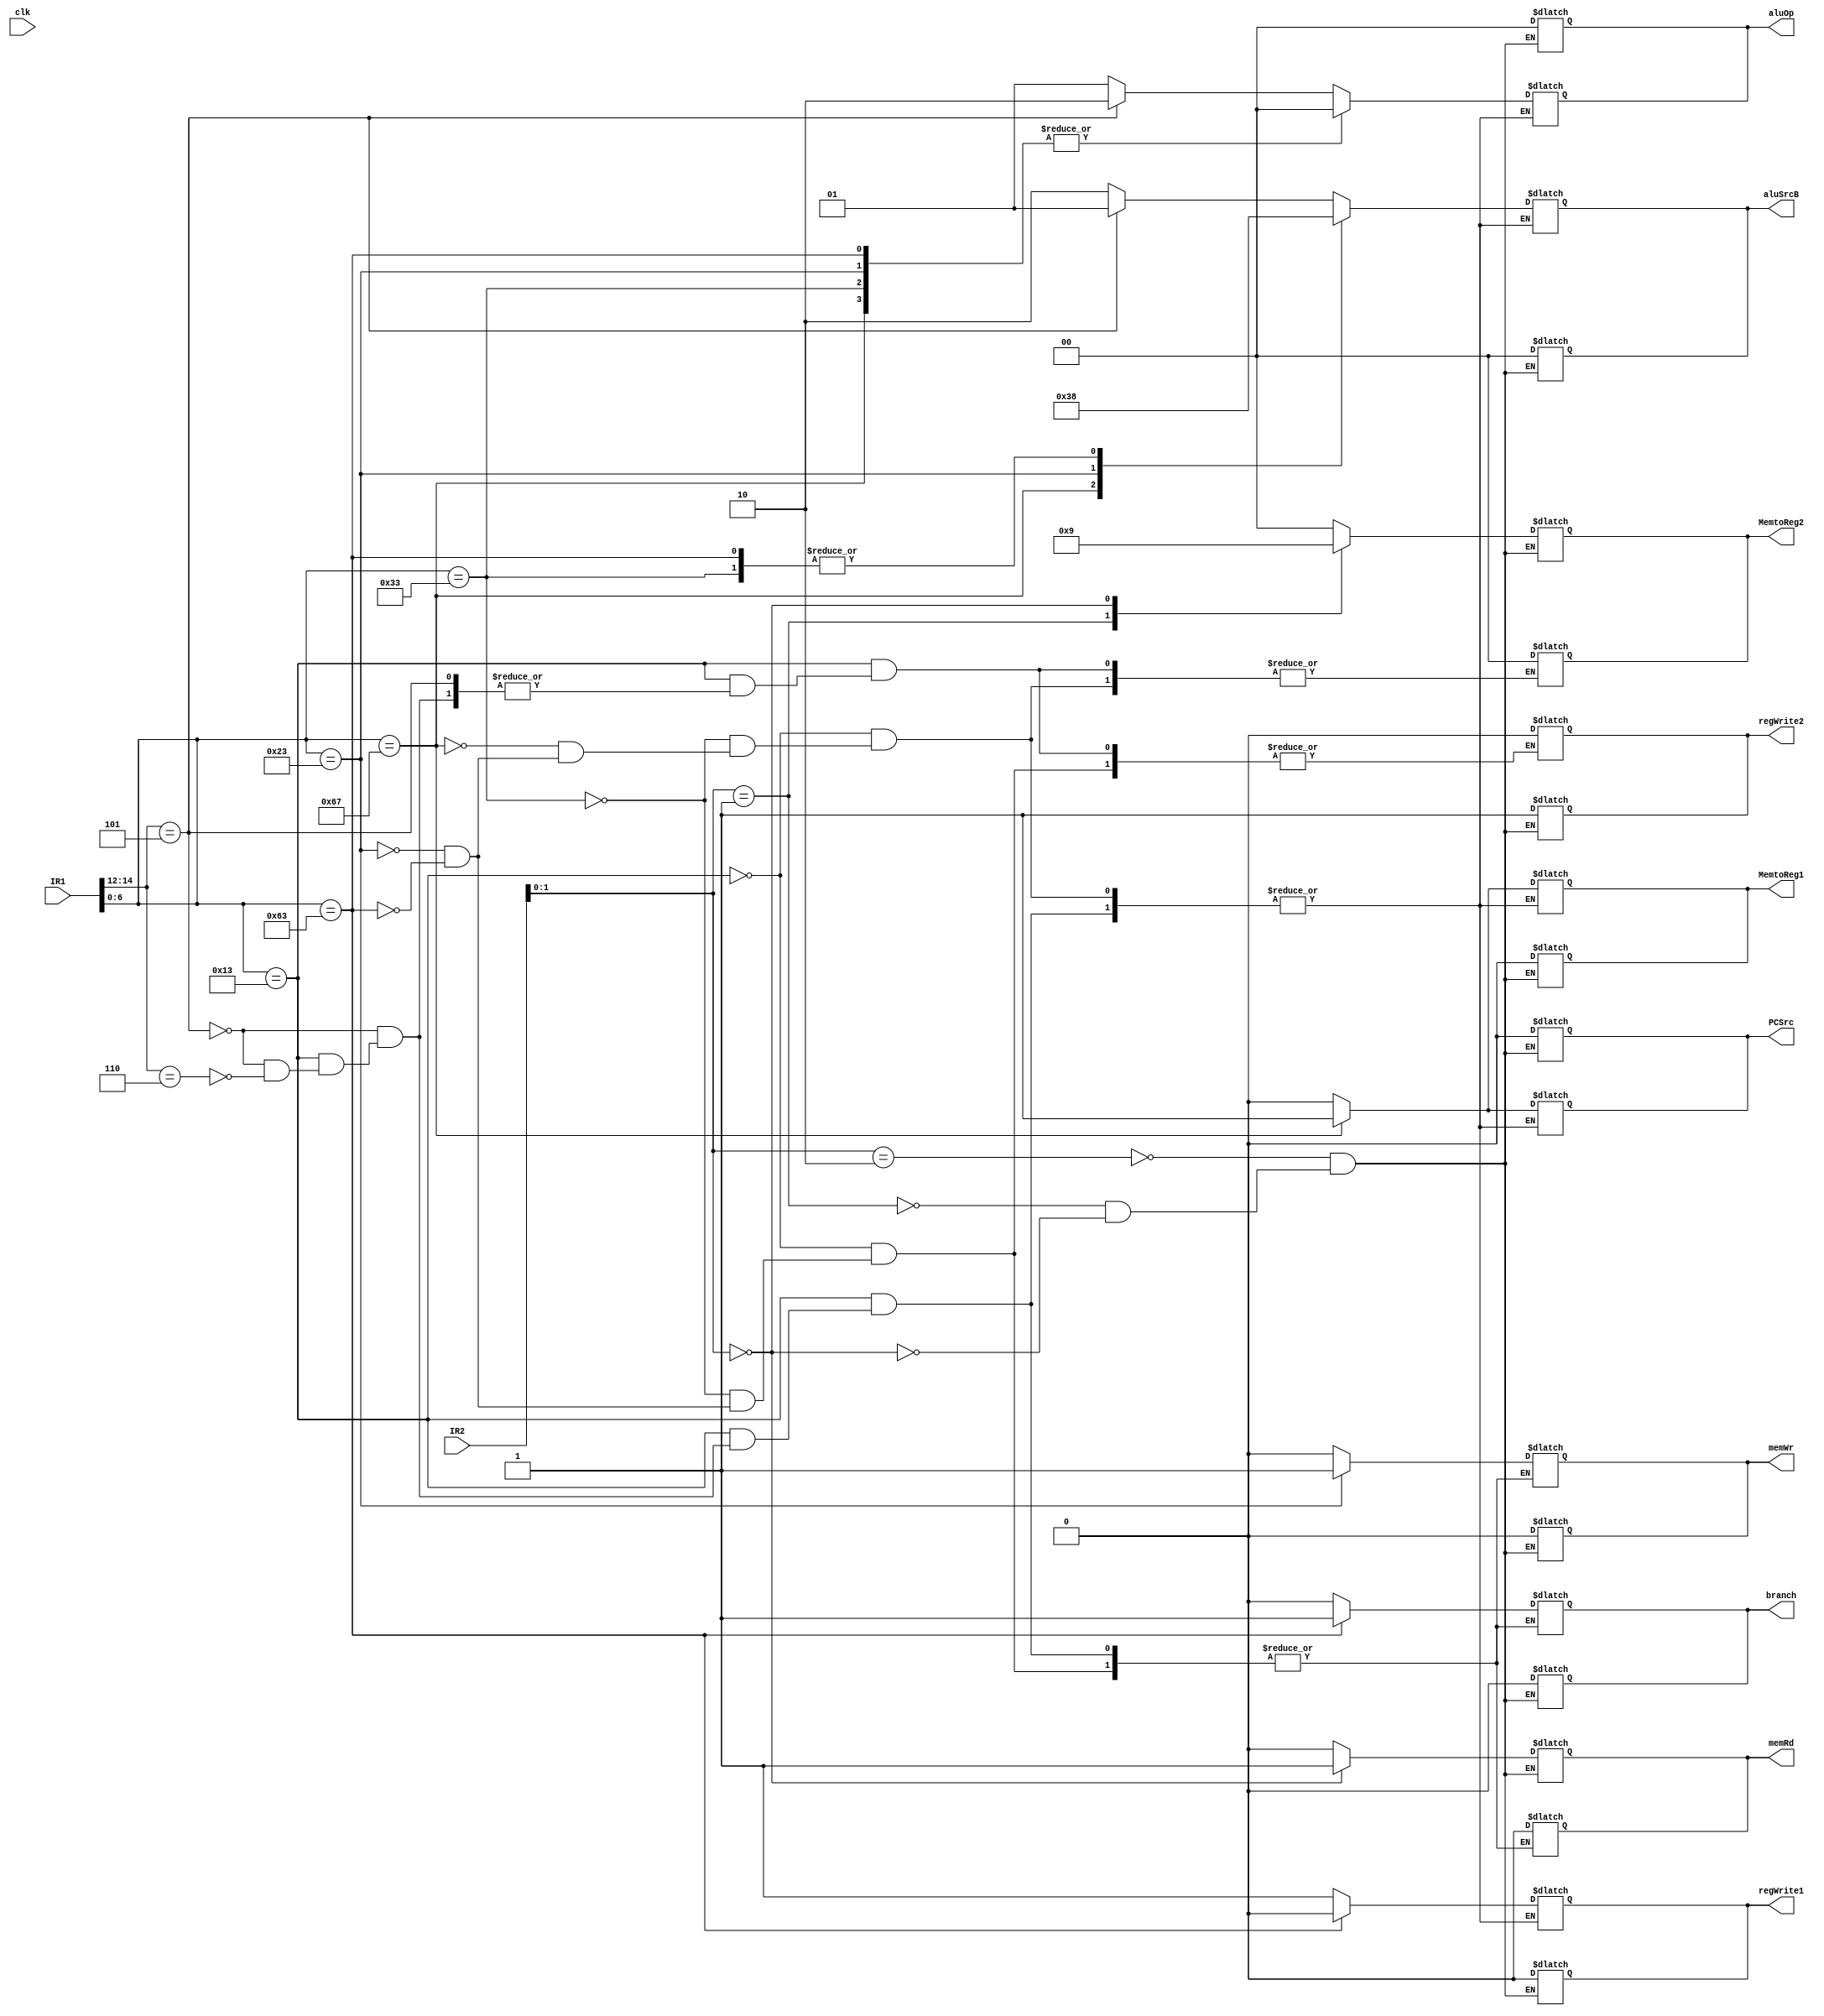
module CtrlCkt(input clk, input [31:0] IR1, input [15:0] IR2, output reg regWrite1, output reg regWrite2, output reg MemtoReg1 ,
					output  reg [1:0] MemtoReg2 ,output reg branch, output reg PCSrc, output reg [1:0] aluSrcB, output reg [1:0] aluOp, 
					output reg memRd, output reg memWr);
					
					always@(IR1)
						begin
							
							case(IR1[6:0])
								7'b0010011: //srai
								begin
								if(IR1[14:12] == 3'b101 )
								begin
									regWrite1 = 1'b1;
									//regWrite2 = 1'b0;
									MemtoReg1 = 1'b0;
									//MemtoReg2 = 2'b0;
									branch = 1'b0;
									PCSrc = 1'b0;
									aluSrcB = 2'b01;
									aluOp = 2'd2;
									memRd = 1'b0;
									memWr = 1'b0;
									
								end	
									else if (IR1[14:12] == 3'b110) //andi
								begin
									regWrite1 = 1'b1;
									regWrite2 = 1'b0;
									MemtoReg1 = 1'b0;
									MemtoReg2 = 2'b0;
									branch = 1'b0;
									PCSrc = 1'b0;
									aluSrcB = 2'b10;
									aluOp = 2'd1;
									memRd = 1'b0;
									memWr = 1'b0;
								end
								end
								7'b0110011: //add
								begin
									regWrite1 = 1'b1;
									regWrite2 = 1'b0;
									MemtoReg1 = 1'b0;
									MemtoReg2 = 2'b0;
									branch = 1'b0;
									PCSrc = 1'b0;
									aluSrcB = 2'b00;
									aluOp = 2'd0;
									memRd = 1'b0;
									memWr = 1'b0;
								end

								7'b1100111: //jalr
								begin
									regWrite1 = 1'b1;
									//regWrite2 = 1'b0;
									MemtoReg1 = 1'b1;
									MemtoReg2 = 2'b0;
									//branch = 1'b0;
									PCSrc = 1'b1;
									aluSrcB = 2'b11;
									aluOp = 2'd0;
									//memRd = 1'b0;
									//memWr = 1'b0;
								end
								
								
								
								7'b0100011: //sh
								begin
									regWrite1 = 1'b1;
									regWrite2 = 1'b0;
									MemtoReg1 = 2'b0;
									MemtoReg2 = 1'b0;
									branch = 1'b0;
									PCSrc = 1'b0;
									aluSrcB = 2'b10;
									aluOp = 2'd0;
									memRd = 1'b0;
									memWr = 1'b1;
								end

								7'b1100011: //bge
								begin
									regWrite1 = 1'b0;
									regWrite2 = 1'b0;
									MemtoReg1 = 1'b0;
									MemtoReg2 = 2'b0;
									branch = 1'b1;
									PCSrc = 1'b0;
									aluSrcB = 2'b00;
									aluOp = 2'd0;
									memRd = 1'b0;
									memWr = 1'b0;
								end
								
							endcase
						end
						
					always @ (IR2[1:0])
						begin
							case(IR2[1:0])
								2'b10: begin //c.mv
									regWrite1 = 1'b0;
									regWrite2 = 1'b1;
									MemtoReg1 = 1'b0;
									MemtoReg2 = 2'b00;
									branch = 1'b0;
									PCSrc = 1'b0;
									aluSrcB = 2'b00;
									aluOp = 2'd0;
									memRd = 1'b0;
									memWr = 1'b0;
									end
									
								2'b01: begin //c.li
									regWrite1 = 1'b0;
									regWrite2 = 1'b1;
									MemtoReg1 = 1'b0;
									MemtoReg2 = 2'b10;
									branch = 1'b0;
									PCSrc = 1'b0;
									aluSrcB = 2'b00;
									aluOp = 2'd0;
									memRd = 1'b0;
									memWr = 1'b0;
									end
									
								2'b00: begin //c.lw
									regWrite1 = 1'b0;
									regWrite2 = 1'b1;
									MemtoReg1 = 1'b0;
									MemtoReg2 = 2'b01;
									branch = 1'b0;
									PCSrc = 1'b0;
									aluSrcB = 2'b00;
									aluOp = 2'd0;
									memRd = 1'b1;
									memWr = 1'b0;
									end
								endcase
							end		

endmodule